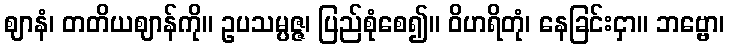
ဈာနံ၊ တတိယဈာန်ကို။ ဥပသမ္ပဇ္ဇ၊ ပြည်စုံစေ၍။ ဝိဟရိတုံ၊ နေခြင်းငှာ။ ဘဗ္ဗော၊